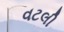
વટલી